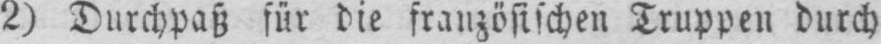
2) Durchpaß für die französischen Truppen durch